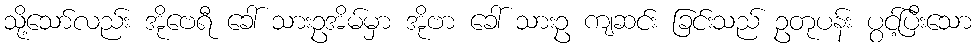
သို့သော်လည်း အိုဗေရီ ခေါ် သားဥအိမ်မှာ အိုဗာ ခေါ် သားဥ ကျဆင်း ခြင်းသည် ဥတုပန်း ပွင့်ပြီးသော